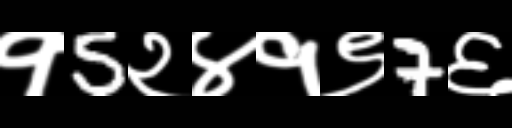
Text: १5२४१९7६